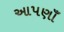
આપણાઁ